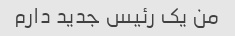
من یک رئیس جدید دارم